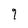
Character: 9